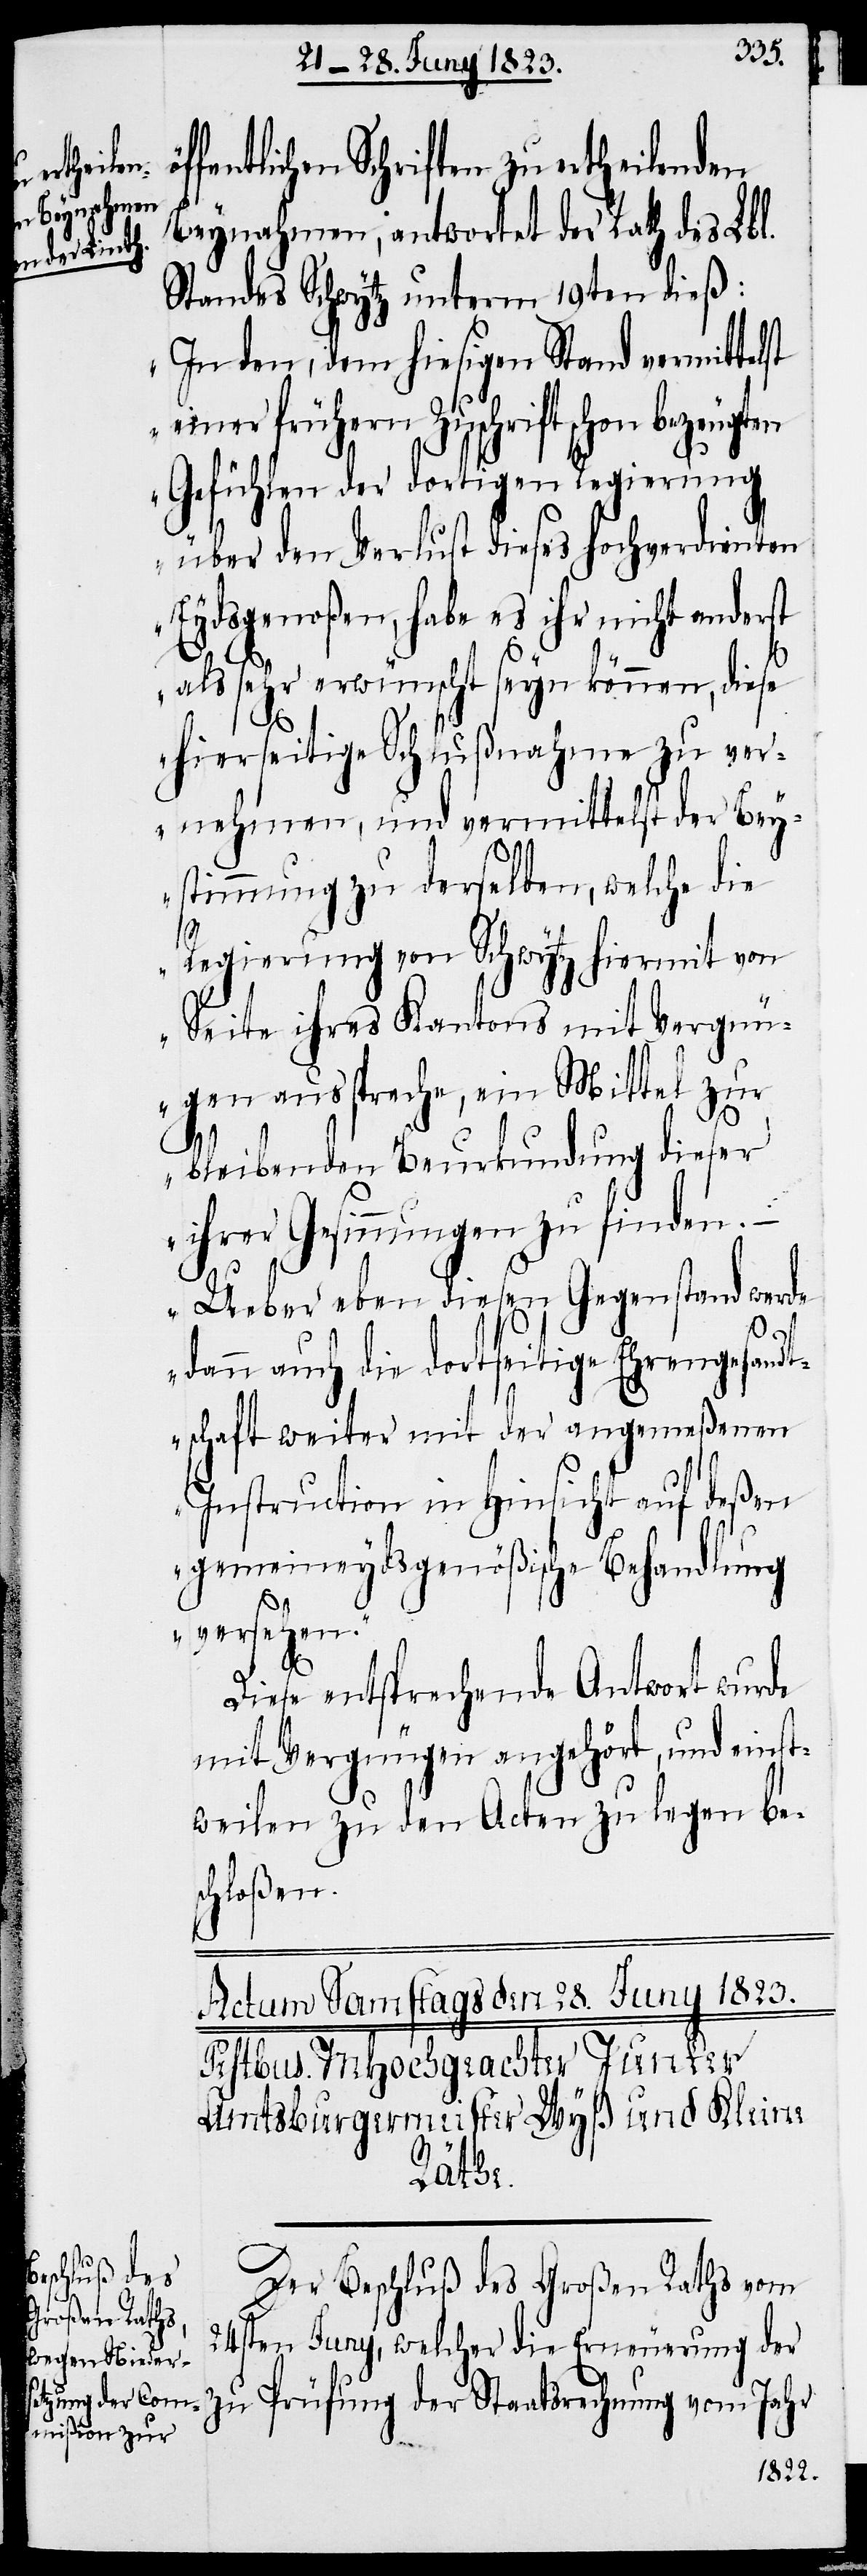
fentlichen Schriften zu ertheilenden
Beynahmen, antwortet der Rath des Lbl.
Standes Schwytz unterm 19ten dieß:
„In den, dem hiesigen Stand vermittelst
einer frühern Zuschrift schon bezeugten
Gefühlen der dortigen Regierung
über den Verlust dieses hochverdienten
Eydsgenoßen, habe es ihr nicht anderst
als sehr erwünscht seyn können, diese
hierseitige Schlußnahme zu ver¬
nehmen, und vermittelst der Bey¬
stimmung zu derselben, welche die
Regierung von Schwytz hiermit von
Seite ihres Kantons mit Vergnü¬
gen ausspreche, ein Mittel zur
bleibenden Beurkundung dieser
ihrer Gesinnungen zu finden.
– Ueber eben diesen Gegenstand werde
dann auch die dortseitige Ehrengesandt¬
schaft weiter mit der angemeßenen
Instruction in Hinsicht auf deßen
gemeineydsgenößische Behandlung
versehen.“
Diese entsprechende Antwort wurde
mit Vergnügen angehört, und einst¬
weilen zu den Acten zu legen bes¬
chloßen.
Der Beschluß des Großen Raths vom
24sten Juny, welcher die Erneuerung der
zu Prüfung der Staatsrechnung vom Jahr
öf¬